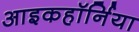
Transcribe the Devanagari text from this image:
आइकहॉर्निया